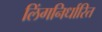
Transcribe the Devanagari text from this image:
लिंगनिर्धारित